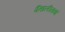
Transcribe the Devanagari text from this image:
पैंतालीसवां